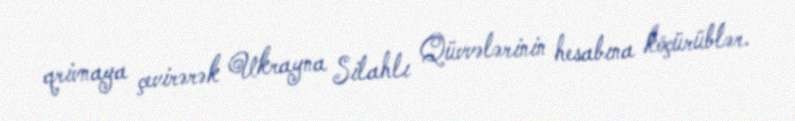
qrivnaya çevirərək Ukrayna Silahlı Qüvvələrinin hesabına köçürüblər.